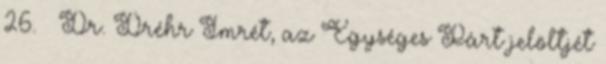
26. – Dr. Dréhr Imrét, az Egységes Párt jelöltjét